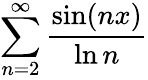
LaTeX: \sum_{n=2}^{\infty}{\frac{\sin(nx)}{\ln n}}